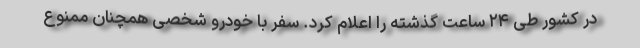
در کشور طی ۲۴ ساعت گذشته را اعلام کرد. سفر با خودرو شخصی همچنان ممنوع